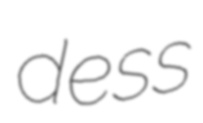
dess